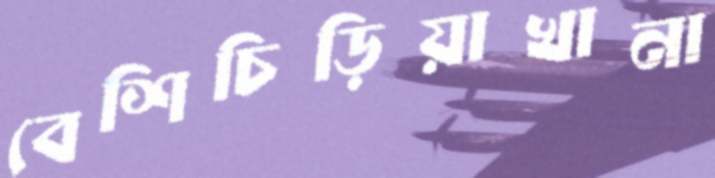
বেশিচিড়িয়াখানা